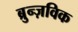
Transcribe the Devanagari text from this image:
ब्रुन्ज़विक